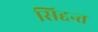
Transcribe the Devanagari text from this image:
सिद्दन्त